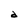
Character: d